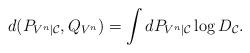
LaTeX: \begin{align*} d(P_{V^n|{\cal C}},Q_{V^n}) &= \int d P_{V^n|{\cal C}} \log D_{\cal C}. \end{align*}